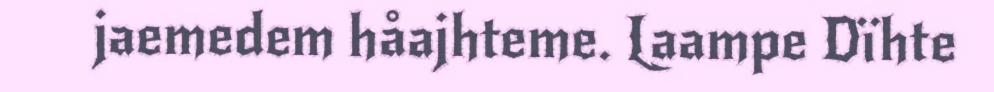
jaemedem håajhteme. Laampe Dïhte